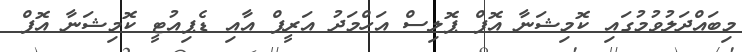
މިބައްދަލުވުމުގައި ކޮމިޝަނާ އޮފް ޕޮލިސް އަހްމަދު އަރީފް އާއި ޑެޕިއުޓީ ކޮމިޝަނާ އޮފް